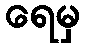
ရေမှ